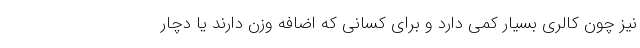
نیز چون کالری بسیار کمی دارد و برای کسانی که اضافه وزن دارند یا دچار